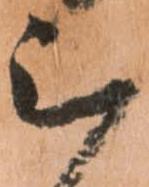
被